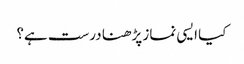
کیا ایسی نماز پڑھنا درست ہے؟